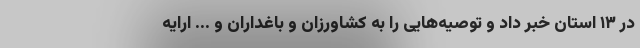
در ۱۳ استان خبر داد و توصیه‌هایی را به کشاورزان و باغداران و ... ارایه